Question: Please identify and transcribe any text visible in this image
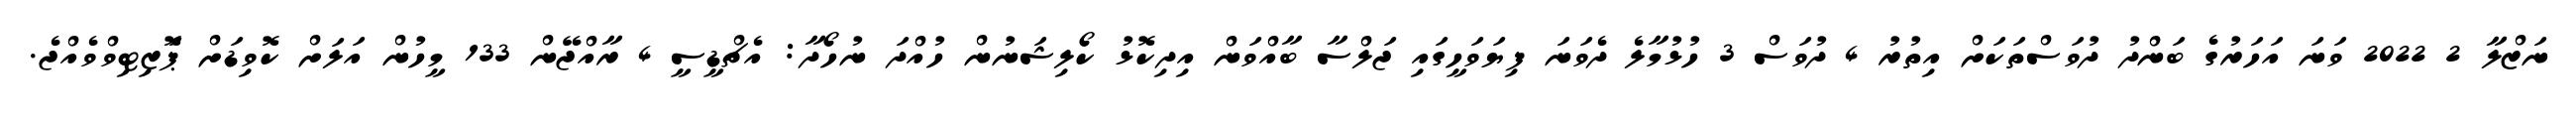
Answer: ނަޒްލާ 2 2022 ވަނަ އަހަރުގެ ބަންދު ދުވަސްތަކަށް އިތުރު 4 ދުވަސް 3 ހުޅުމާލެ ދެވަނަ ފިޔަވަހީގައި ޖަލްސާ ބާއްވަން އިދިކޮޅު ކޯލިޝަނުން ހުއްދަ ނުހޯދާ: އެޗްޑީސީ 4 ރާއްޖޭން 133 މީހުން އަލަށް ކޮވިޑަށް ޕަޮޒިޓިވްވެއްޖެ.